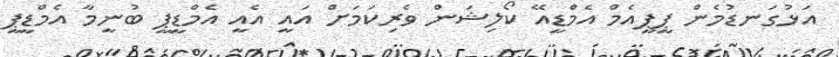
އަޅުގަނޑުމެން ޕީޕީއެމް އެމްޑީއޭ ކޯލިޝަން ވެރިކަމަށް އައީ އެއީ އެމްޑީޕީ ބުނީމާ އެމްޑީޕީ